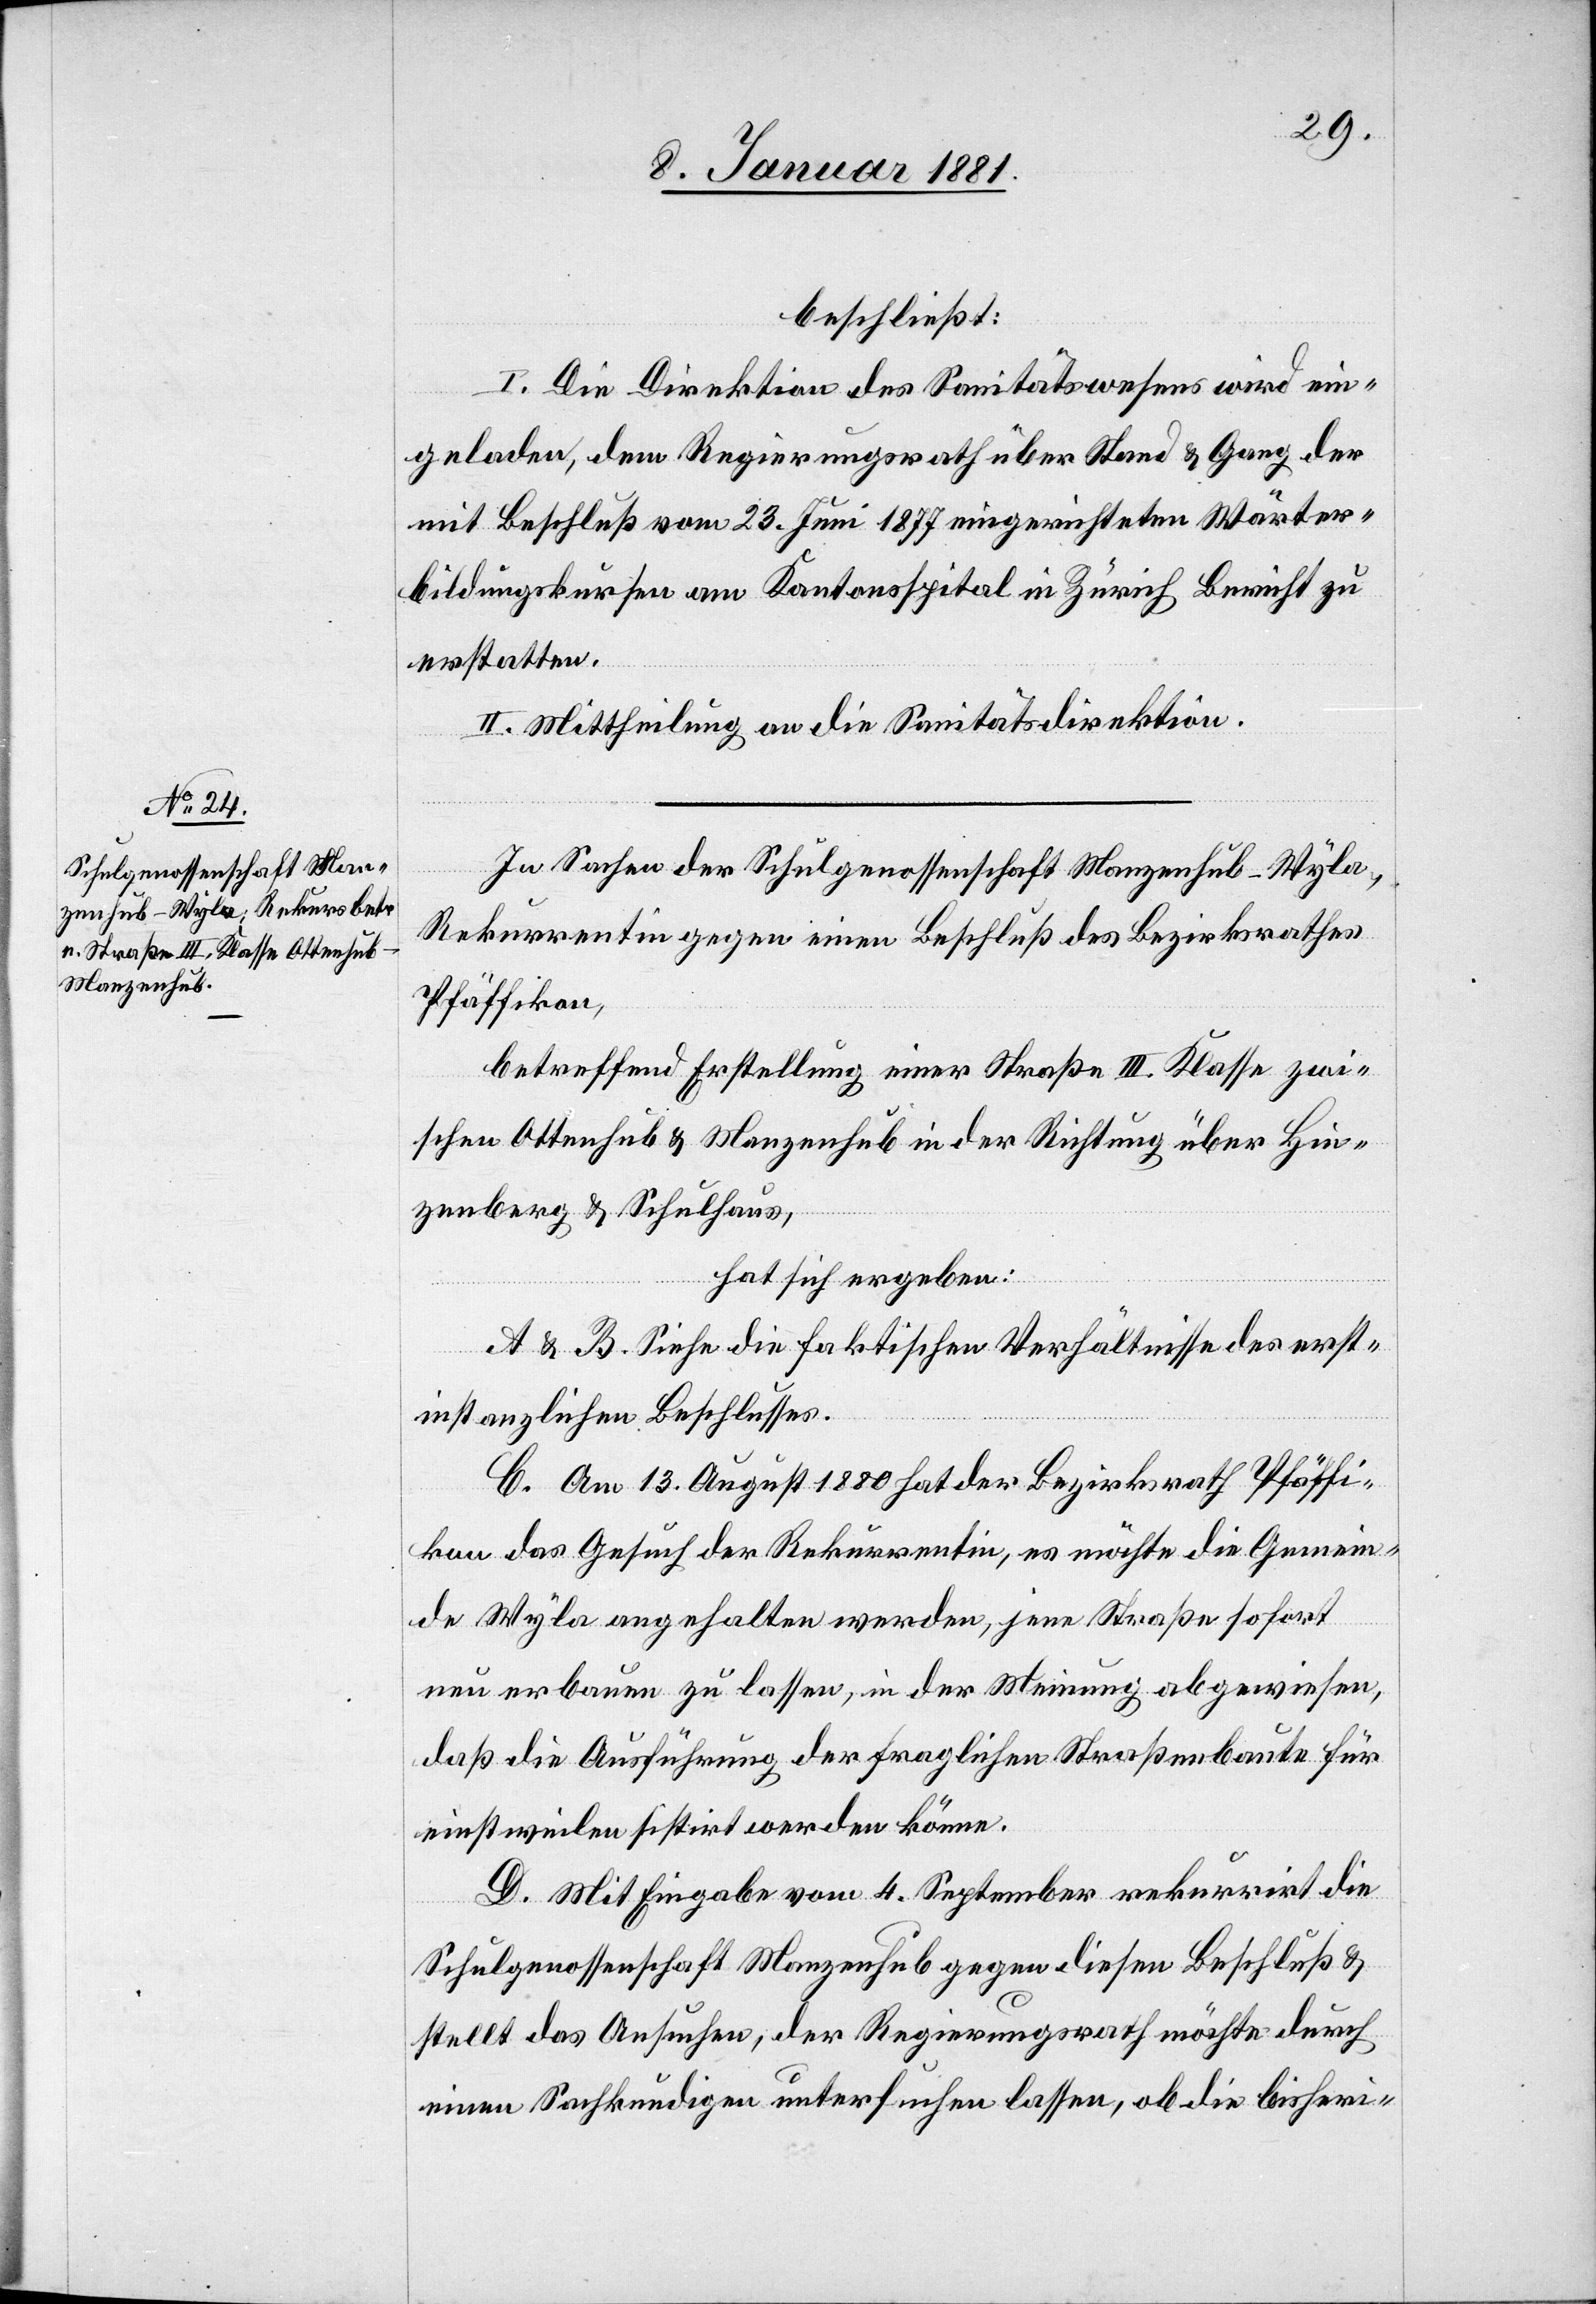
beschließt:
I. Die Direktion des Sanitätswesens wird ein¬
geladen, dem Regierungsrath über Stand & Gang der
mit Beschluß vom 23. Juni 1877 eingereichten Wärter¬
bildungskursen am Kantonsspital in Zürich Bericht zu
erstatten.
II. Mittheilung an die Sanitätsdirektion.
In Sachen der Schulgenossenschaft Manzenhub - Wyla,
Rekurrentin gegen einen Beschluß des Bezirksrathes
Pfäffikon,
betreffend Erstellung einer Straße III. Klasse zwi¬
schen Ottenhub & Manzenhub in der Richtung über Hin¬
zenberg & Schulhaus,
hat sich ergeben:
A & B. Siehe die faktischen Verhältnisse des erst¬
instanzlichen Beschlusses.
C. Am 13. August 1880 hat der Bezirksrath Pfäffi¬
kon das Gesuch der Rekurrentin, es möchte die Gemein¬
de Wyla angehalten werden, jene Straße sofort
neu erbauen zu lassen, in der Meinung abgewiesen,
daß die Ausführung der fraglichen Straßenbaute für
einstweilen sistirt werden könne.
D. Mit Eingabe vom 4. September rekurrirt die
Schulgenossenschaft Manzenhub gegen diesen Beschluß &
stellt das Ansuchen, der Regierungsrath möchte durch
einen Sachkundigen untersuchen lassen, ob die bisheri-